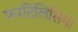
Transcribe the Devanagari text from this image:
फरटिलिसिमा